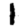
Digit: 1